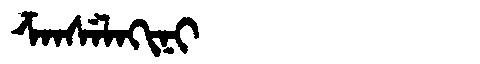
Manchu: ᡯᠠᠨᠰᡝᠯᠠᡴᡳᠨᡳ
Romanization: DZANSELAKINI